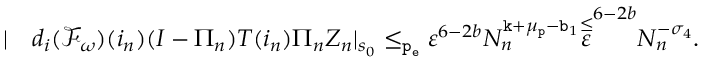
\begin{array} { r l } { | } & { d _ { i } ( \mathcal { F } _ { \omega } ) ( i _ { n } ) ( I - \Pi _ { n } ) T ( i _ { n } ) \Pi _ { n } Z _ { n } | _ { s _ { 0 } } \le _ { \mathtt { p _ { e } } } \varepsilon ^ { 6 - 2 b } N _ { n } ^ { \mathtt { k } + \mu _ { \mathtt { p } } - \mathtt { b } _ { 1 } } \overset \le \varepsilon ^ { 6 - 2 b } N _ { n } ^ { - \sigma _ { 4 } } . } \end{array}